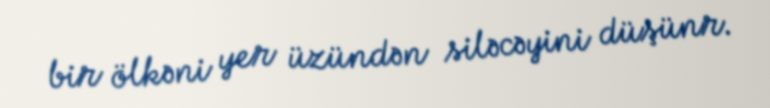
bir ölkəni yer üzündən siləcəyini düşünr.